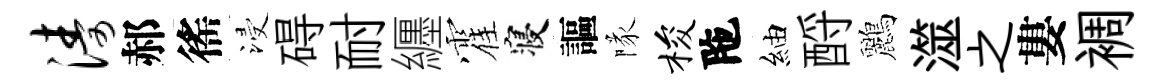
涛郝徭浸碍耐纒霍寝謳隊梭陁紬酹鸝澨之婁裯